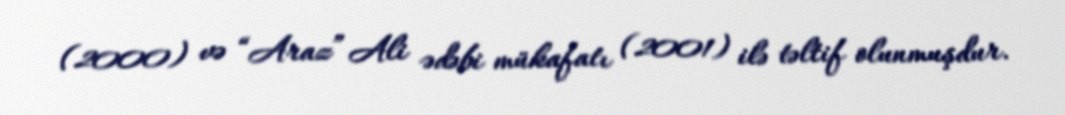
(2000) və “Araz” Ali ədəbi mükafatı (2001) ilə təltif olunmuşdur.